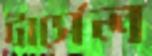
টার্সেল